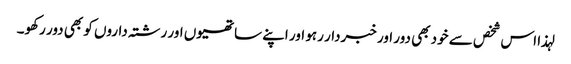
لہذا اس شخص سے خود بھی دور اور خبردار رہو اور اپنے ساتھیوں اور رشتہ داروں کو بھی دور رکھو۔